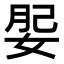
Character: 𡝑